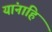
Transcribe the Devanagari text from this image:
यांनाहि